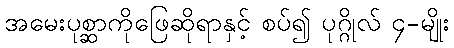
အမေးပုစ္ဆာကိုဖြေဆိုရာနှင့် စပ်၍ ပုဂ္ဂိုလ် ၄-မျိုး